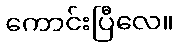
ကောင်းပြီလေ။